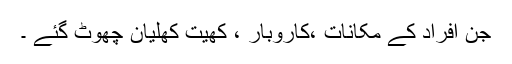
جن افراد کے مکانات ،کاروبار ، کھیت کھلیان چھوٹ گئے ۔